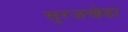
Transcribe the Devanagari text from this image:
सुरजखेडा